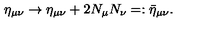
\eta _ { \mu \nu } \rightarrow \eta _ { \mu \nu } + 2 N _ { \mu } N _ { \nu } = : \bar { \eta } _ { \mu \nu } .